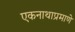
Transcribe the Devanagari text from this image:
एकनाथाप्रमाणे